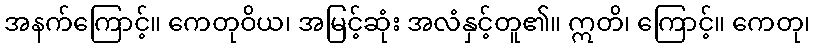
အနက်ကြောင့်။ ကေတုဝိယ၊ အမြင့်ဆုံး အလံနှင့်တူ၏။ ဣတိ၊ ကြောင့်။ ကေတု၊